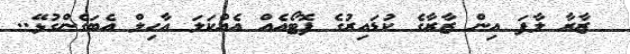
ޒާރާ ލާފަ އިން ޒާރާގެ ކުޑައިރުގެ ފޮޓޯއެއް އެއްކަލަ އާހިލް އެބަގެންގުޅޭ..